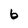
Character: 6